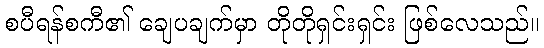
စပီရန်စကီ၏ ချေပချက်မှာ တိုတိုရှင်းရှင်း ဖြစ်လေသည်။